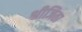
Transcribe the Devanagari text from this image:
श्रीजिता